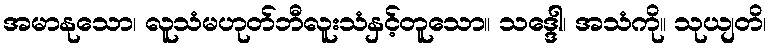
အမာနုသော၊ လူသံမဟုတ်ဘီလူးသံနှင့်တူသော။ သဒ္ဒေါ၊ အသံကို။ သုယျတိ၊